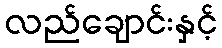
လည်ချောင်းနှင့်